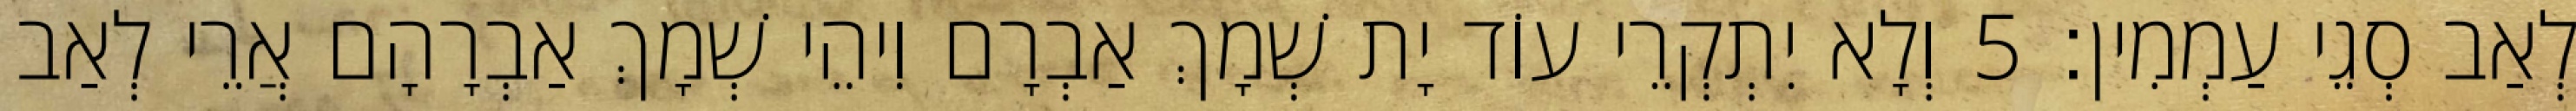
לְאַב סְגֵי עַמְמִין׃ 5 וְלָא יִתְקְרֵי עוֹד יָת שְׁמָךְ אַבְרָם וִיהֵי שְׁמָךְ אַבְרָהָם אֲרֵי לְאַב